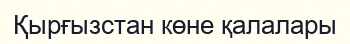
Қырғызстан көне қалалары